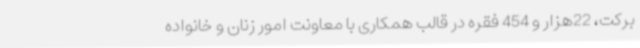
برکت، 22هزار و 454 فقره در قالب همکاری با معاونت امور زنان و خانواده